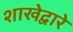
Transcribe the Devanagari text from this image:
शाखेद्वारे